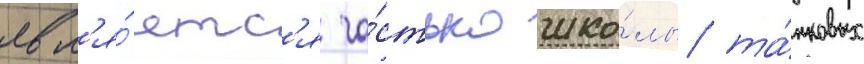
явл'я́етс'я ча́стью шко́лы та́нковых